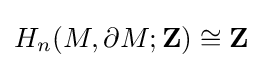
H_{n}(M,\partial M;\mathbf {Z} )\cong \mathbf {Z}